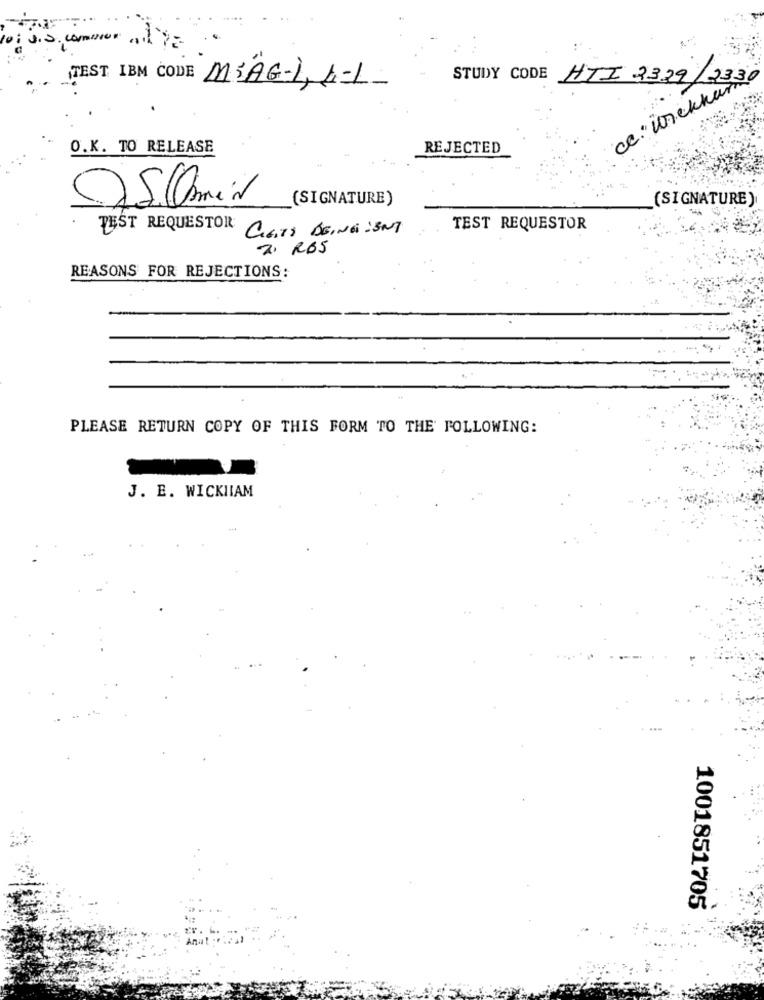
STUDY CODE HTI 3329/233
ce " Unekhande
TEST IBM CODE MIAG-1, 4-1-
O.K. TO RELEASE
REJECTED
05.0min
(SIGNATURE)
(SIGNATURE)
--
LEST REQUESTOR
GIGTS BEING :BNg
TEST REQUESTOR
2. RBS
REASONS FOR REJECTIONS:
PLEASE RETURN COPY OF THIS FORM TO THE FOLLOWING:
J. E. WICKIIAM
1001851705